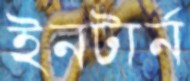
ইনটার্ন